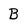
Character: B